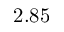
2 . 8 5